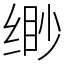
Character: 缈